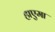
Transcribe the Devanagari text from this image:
हाएमा